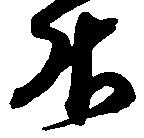
升